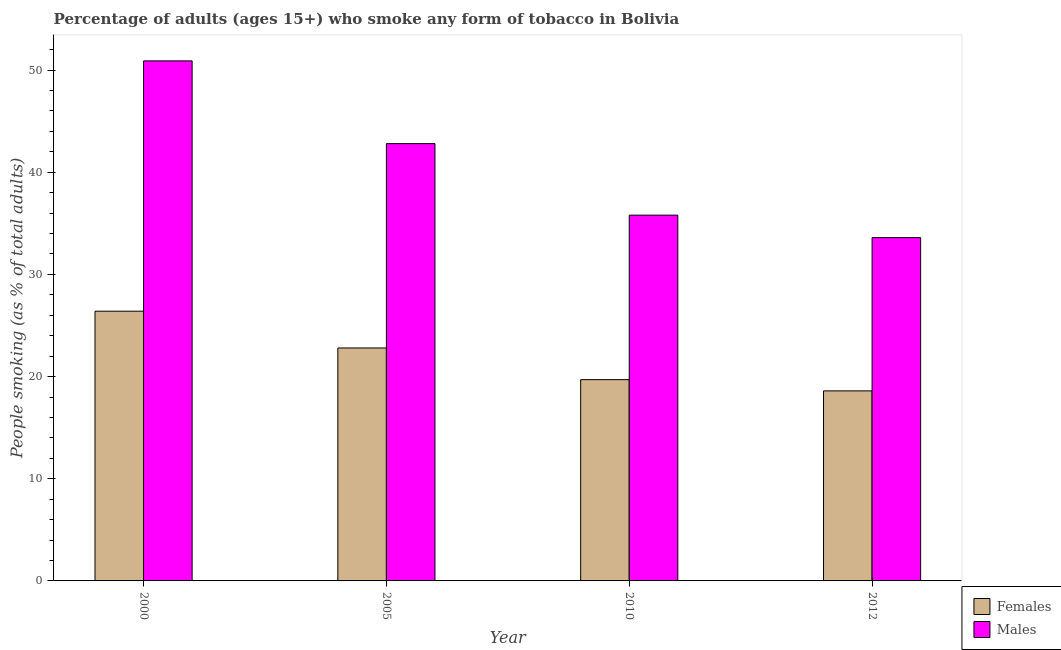
| Year | Females | Males |
 | --- | --- | --- |
 | 2000 | 26.4 | 50.9 |
 | 2005 | 22.8 | 42.8 |
 | 2010 | 19.7 | 35.8 |
 | 2012 | 18.6 | 33.6 |